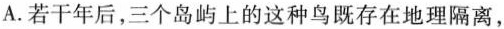
A.若干年后，三个岛屿上的这种鸟既存在地理隔离，